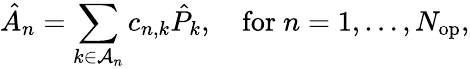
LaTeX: \hat{A}_{n}=\sum_{k\in\mathcal{A}_{n}}c_{n,k}\hat{P}_{k},\quad\mathrm{for}\ n=1,\dots,N_{\mathrm{op}},